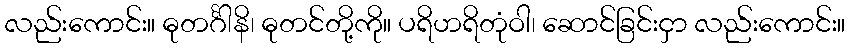
လည်းကောင်း။ ဓုတင်္ဂါနိ၊ ဓုတင်တို့ကို။ ပရိဟရိတုံဝါ၊ ဆောင်ခြင်းငှာ လည်းကောင်း။